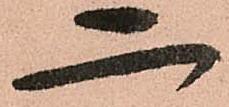
二